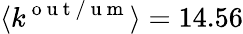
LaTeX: \langle k^{\mathrm{~o~u~t~/~u~m~}}\rangle=14.56